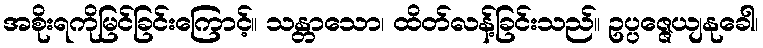
အစိုးရကိုမြင်ခြင်းကြောင့်။ သန္တာသော၊ ထိတ်လန့်ခြင်းသည်။ ဥပ္ပဇ္ဇေယျနုခေါ၊